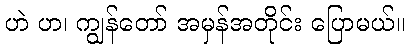
ဟဲ ဟ၊ ကျွန်တော် အမှန်အတိုင်း ပြောမယ်။